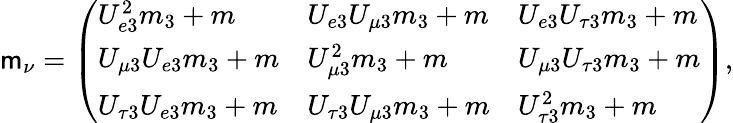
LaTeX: \mathsf{m}_{\nu}=\left(\begin{array}{lll}{{U_{e3}^{2}m_{3}+m}}&{{U_{e3}U_{\mu 3}m_{3}+m}}&{{U_{e3}U_{\tau 3}m_{3}+m}}\\ {{U_{\mu 3}U_{e3}m_{3}+m}}&{{U_{\mu 3}^{2}m_{3}+m}}&{{U_{\mu 3}U_{\tau 3}m_{3}+m}}\\ {{U_{\tau 3}U_{e3}m_{3}+m}}&{{U_{\tau 3}U_{\mu 3}m_{3}+m}}&{{U_{\tau 3}^{2}m_{3}+m}}\end{array}\right),